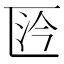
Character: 𠥴